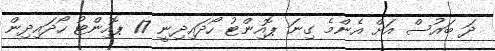
ދަ ބައުސް އަށް އެންމެ ގިނަ ޕޮއިންޓު ހޯދައިދިނީ 17 ޕޮއިންޓު ހޯދައިދިން